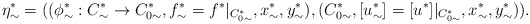
\begin{align*}\eta^*_\sim=((\phi^*_{\sim}:C^*_{\sim}\rightarrow C^*_{0\sim},f^*_\sim=f^*\vert_{C^*_{0\sim}},x^*_\sim,y^*_\sim),(C^*_{0\sim},[u^*_{\sim}]=[u^*]\vert_{C_{0\sim}^{*}},x^*_\sim,y^*_\sim)).\end{align*}